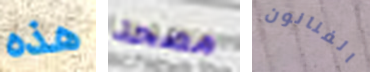
هذه مصحة الفنانون